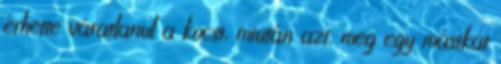
érhette váratlanul a kocsi, miután azt, meg egy másikat